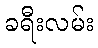
ခရီးလမ်း